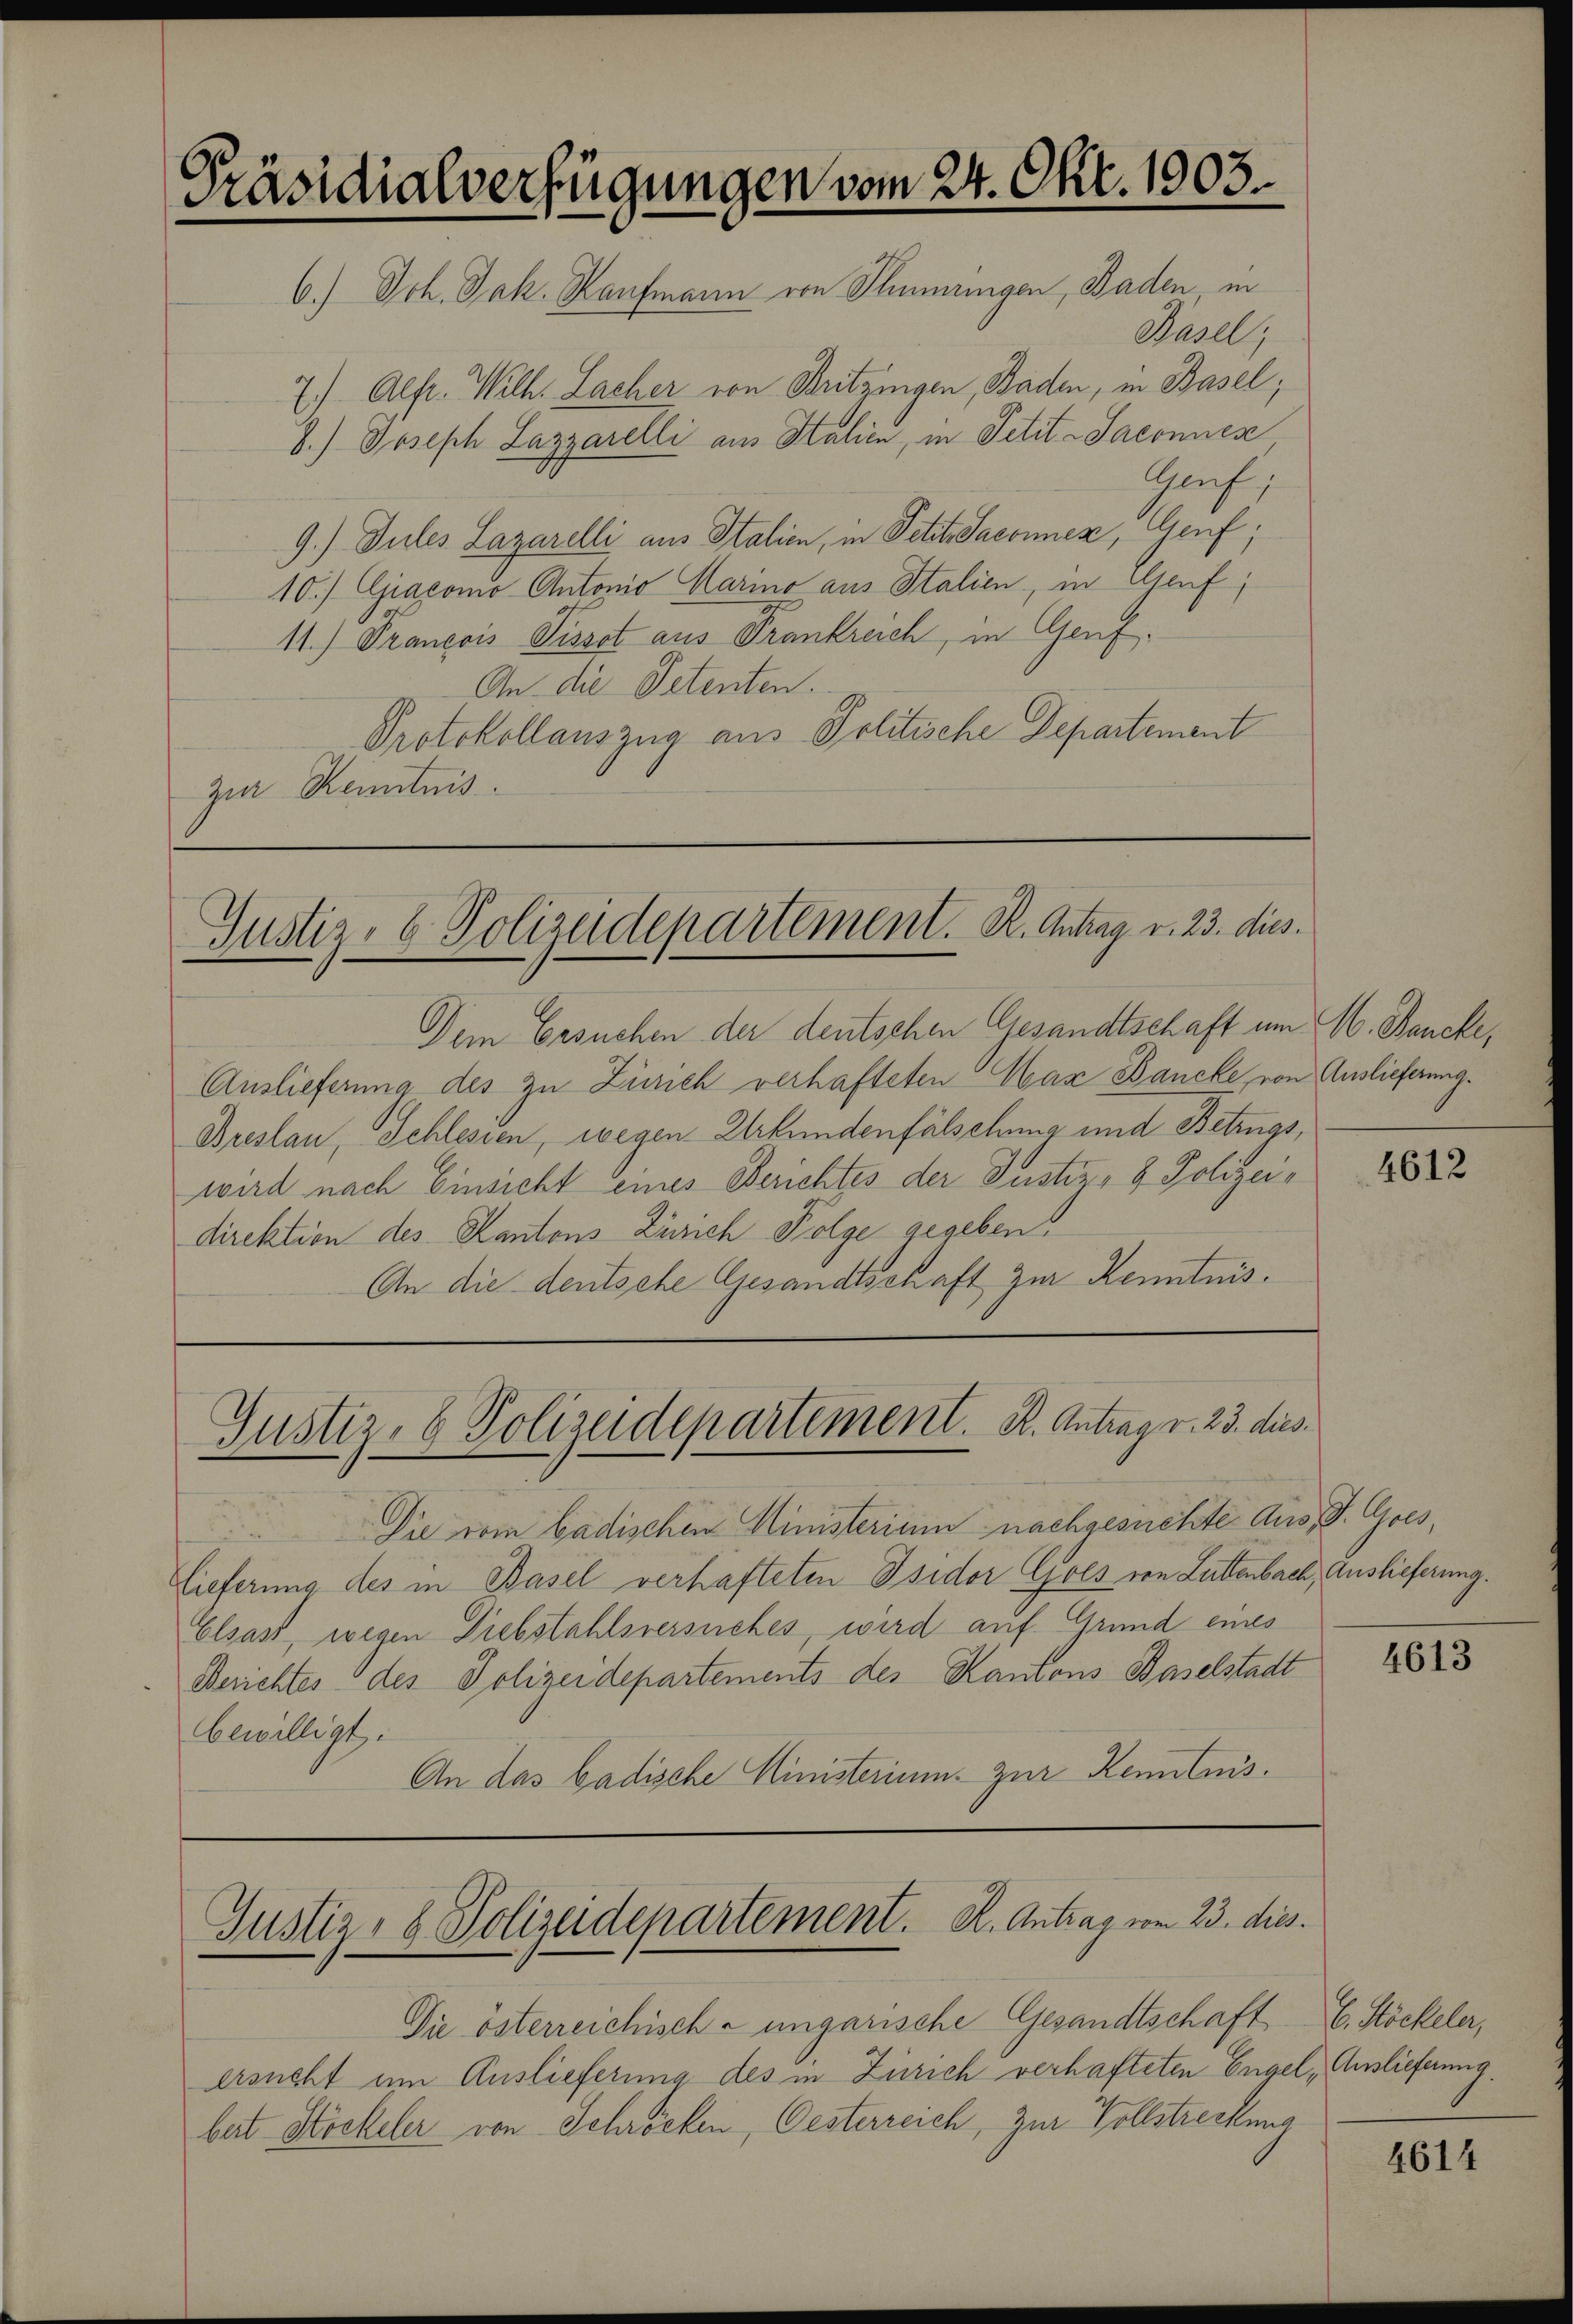
Präsidialverfügungen vom 24. Okt. 1903.

Justiz- & Polizeidepartement. R. Antrag v. 23. dies

Justiz- & Polizeidepartement. B. Antrag v. 23. dies

6.) Joh. Jak. Kaufmann von Stimmringen, Baden, in
Basel,
7.) Alfr. Wilh. Lacher von Britzingen, Baden, in Basel;
8.) Joseph Lazzarelli aus Stalien, in Petit-Saconues
Gruf
9.) Jules Lazarelli aus Italien, in Petit-Saconnen, Genf;
10./ Giacomo Antonio Marino aus Italien, in Genf,
11.) Francois Pissot aus Frankreich, in Genf.
An die Petenten.
Protokollauszug aus Politische Departement
zur Kenntnis.

Justiz- & Polizeidepartement. K. Antrag vom 23. dies

Die österreichische ungarische Gesandtschaft
ersucht um Auslieferung des in Zürich verhafteten Engel, Auslieferung.
bat Stöckeler von Schröcken, Oesterreich, zur Vollstreckung

Dem Ersuchen der deutschen Gesandtschaft um M. Bancke,
Auslieferung des zu Zürich verhafteten Hax Bancke, von Auslieferung.
Breslau, Schlesien, wegen Urkundenfälschung und Betrugs,
wird nach Einsicht eines Berichtes der Justiz- & Polizeidirektion des Kantons Zürich Folge gegeben.
An die deutsche Gesandtschaft zur Kenntnis.

Die vom badischen Ministerium nachgesuchte Aus d. Gres,
Lieferung des in Basel verhafteten Isidor Gols von Littenbach, Auslieferung.
Elsass, wegen Liebstahlsversuches, wird auf Grund eines
Berichtes des Polizeidepartements des Kantons Baselstadt
bewilligt:
An das badische Ministerium zur Kenntnis.

4612

4613

E. Höckeler,

4614